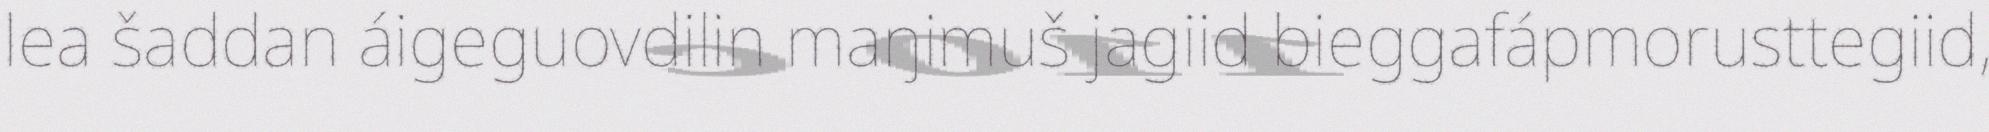
lea šaddan áigeguovdilin maŋimuš jagiid bieggafápmorusttegiid,